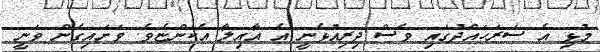
މުޅި އެ ސަރަހައްދުގައި ވެސް ދިރިއުޅެނީ އެ އާއިލާ އެކަންޏެވެ. ވަށައިގެން ވަނީ